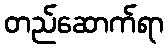
တည်ဆောက်ရာ